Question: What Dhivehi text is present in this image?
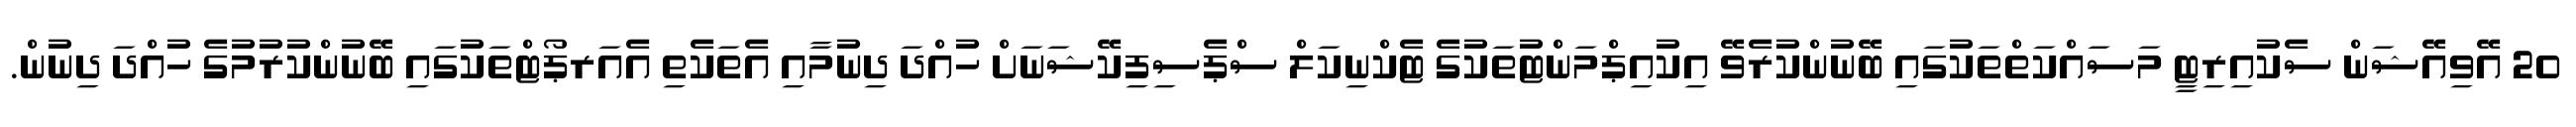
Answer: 20 އޭވިއޭޝަން ސެކުއިރިޓީ މަސައްކަތްތަކުގައި ބޭނުންކުރެވޭ އިކުއިޕްމަންޓުތަކުގެ ޓެކްނިކަލް ސްޕެސިފިކޭޝަނަށް ހުއްދަ ދިނުމާއި އެތަކެތި އެއަރޕޯޓްތަކުގައި ބޭނުންކުރުމުގެ ހުއްދަ ދިނުން.